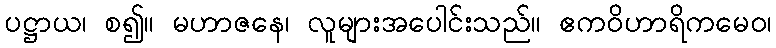
ပဋ္ဌာယ၊ စ၍။ မဟာဇနေ၊ လူများအပေါင်းသည်။ ဧကဝိဟာရိကမေဝ၊